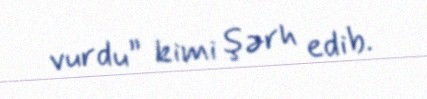
vurdu” kimi şərh edib.